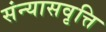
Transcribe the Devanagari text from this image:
संन्यासवृत्ति